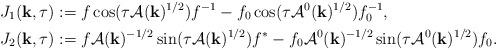
LaTeX: \begin{align*}&{J}_1(\mathbf{k},\tau):= f \cos (\tau \mathcal{A}(\mathbf{k})^{1/2}) f^{-1} - f_0\cos (\tau \mathcal{A}^0(\mathbf{k})^{1/2})f_0^{-1}, \\& {J}_2(\mathbf{k},\tau):= f \mathcal{A}(\mathbf{k})^{-1/2} \sin (\tau \mathcal{A}(\mathbf{k})^{1/2}) f^* - f_0 \mathcal{A}^0(\mathbf{k})^{-1/2} \sin (\tau \mathcal{A}^0(\mathbf{k})^{1/2})f_0.\end{align*}